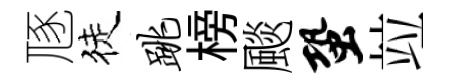
豗徒跳榜颷蛩竝